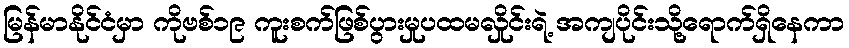
မြန်မာနိုင်ငံမှာ ကိုဗစ်၁၉ ကူးစက်ဖြစ်ပွားမှုပထမလှိုင်းရဲ့ အကျပိုင်းသို့ရောက်ရှိနေကာ